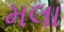
મલા